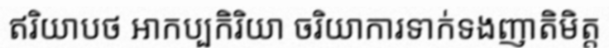
ឥរិយាបថ អាកប្បកិរិយា ចរិយាការទាក់ទងញាតិមិត្ត